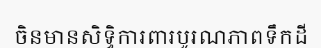
ចិនមានសិទ្ធិការពារបូរណភាពទឹកដី